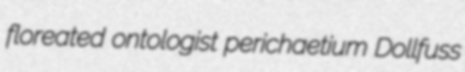
floreated ontologist perichaetium Dollfuss